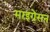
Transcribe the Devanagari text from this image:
माइग्रेसन